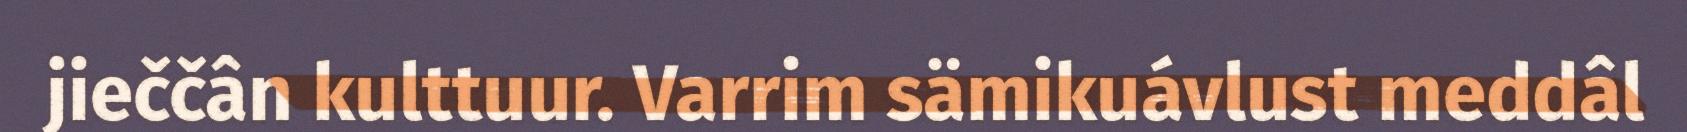
jieččân kulttuur. Varrim sämikuávlust meddâl